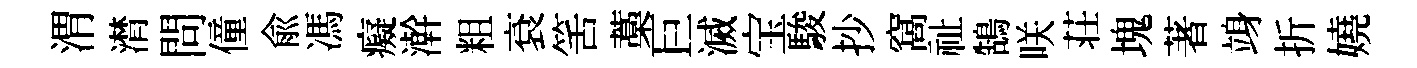
渭潸問僮兪馮癡澣粗袞筈藁巨滅宝駿抄窩祉鵠咲荘塊著竧折嬈